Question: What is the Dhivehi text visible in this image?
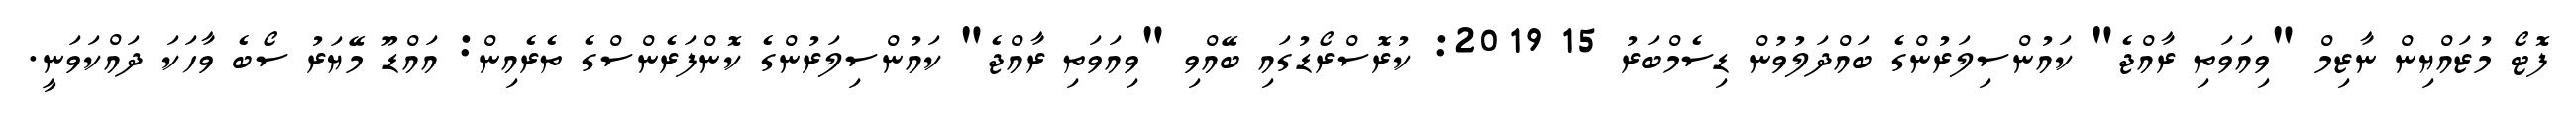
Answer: ފޮޓޯ މުޒައްޔިން ނާޒިމް "ވިއަވަތި ރާއްޖެ" ކައުންސިލަރުންގެ ބައްދަލުވުން ޑިސެމްބަރު 15 2019: ކުރޮސްރޯޑުގައި ބޭއްވި "ވިއަވަތި ރާއްޖެ" ކައުންސިލަރުންގެ ކޮންފަރެންސްގެ ތެރެއިން: އައްޑޫ މޭޔަރު ސޯބެ ވާހަކަ ދައްކަވަނީ.